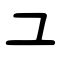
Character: ユ